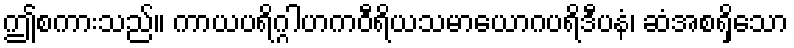
ဤစကားသည်။ ကာယပရိဂ္ဂါဟကဝီရိယသမာယောဂပရိဒီပနံ၊ ဆံအစရှိသော